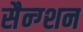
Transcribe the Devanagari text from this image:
सैन्ग्शन